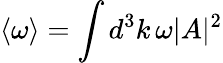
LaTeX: \langle\omega\rangle=\int d^{3}k\, \omega|A|^{2}